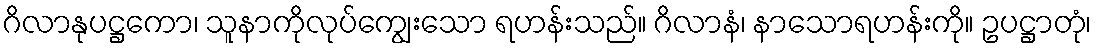
ဂိလာနုပဋ္ဌကော၊ သူနာကိုလုပ်ကျွေးသော ရဟန်းသည်။ ဂိလာနံ၊ နာသောရဟန်းကို။ ဥပဋ္ဌာတုံ၊